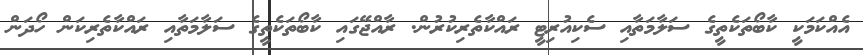
އެއްކަމަކީ ކާބޯތަކެތީގެ ސަލާމަތާއި ސެކިއުރިޓީ ރައްކާތެރިކުރުން. ރާއްޖޭގައި ކާބޯތަކެތީގެ ސަލާމަތާއި ރައްކާތެރިކަން ހޯދަން